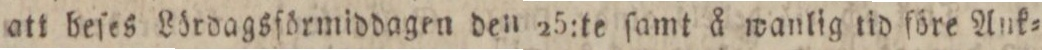
att beſes Lördagsförmiddagen den 25:te ſamt å wanlig tid före Ank=